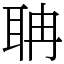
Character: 聃